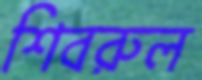
শিবরুল